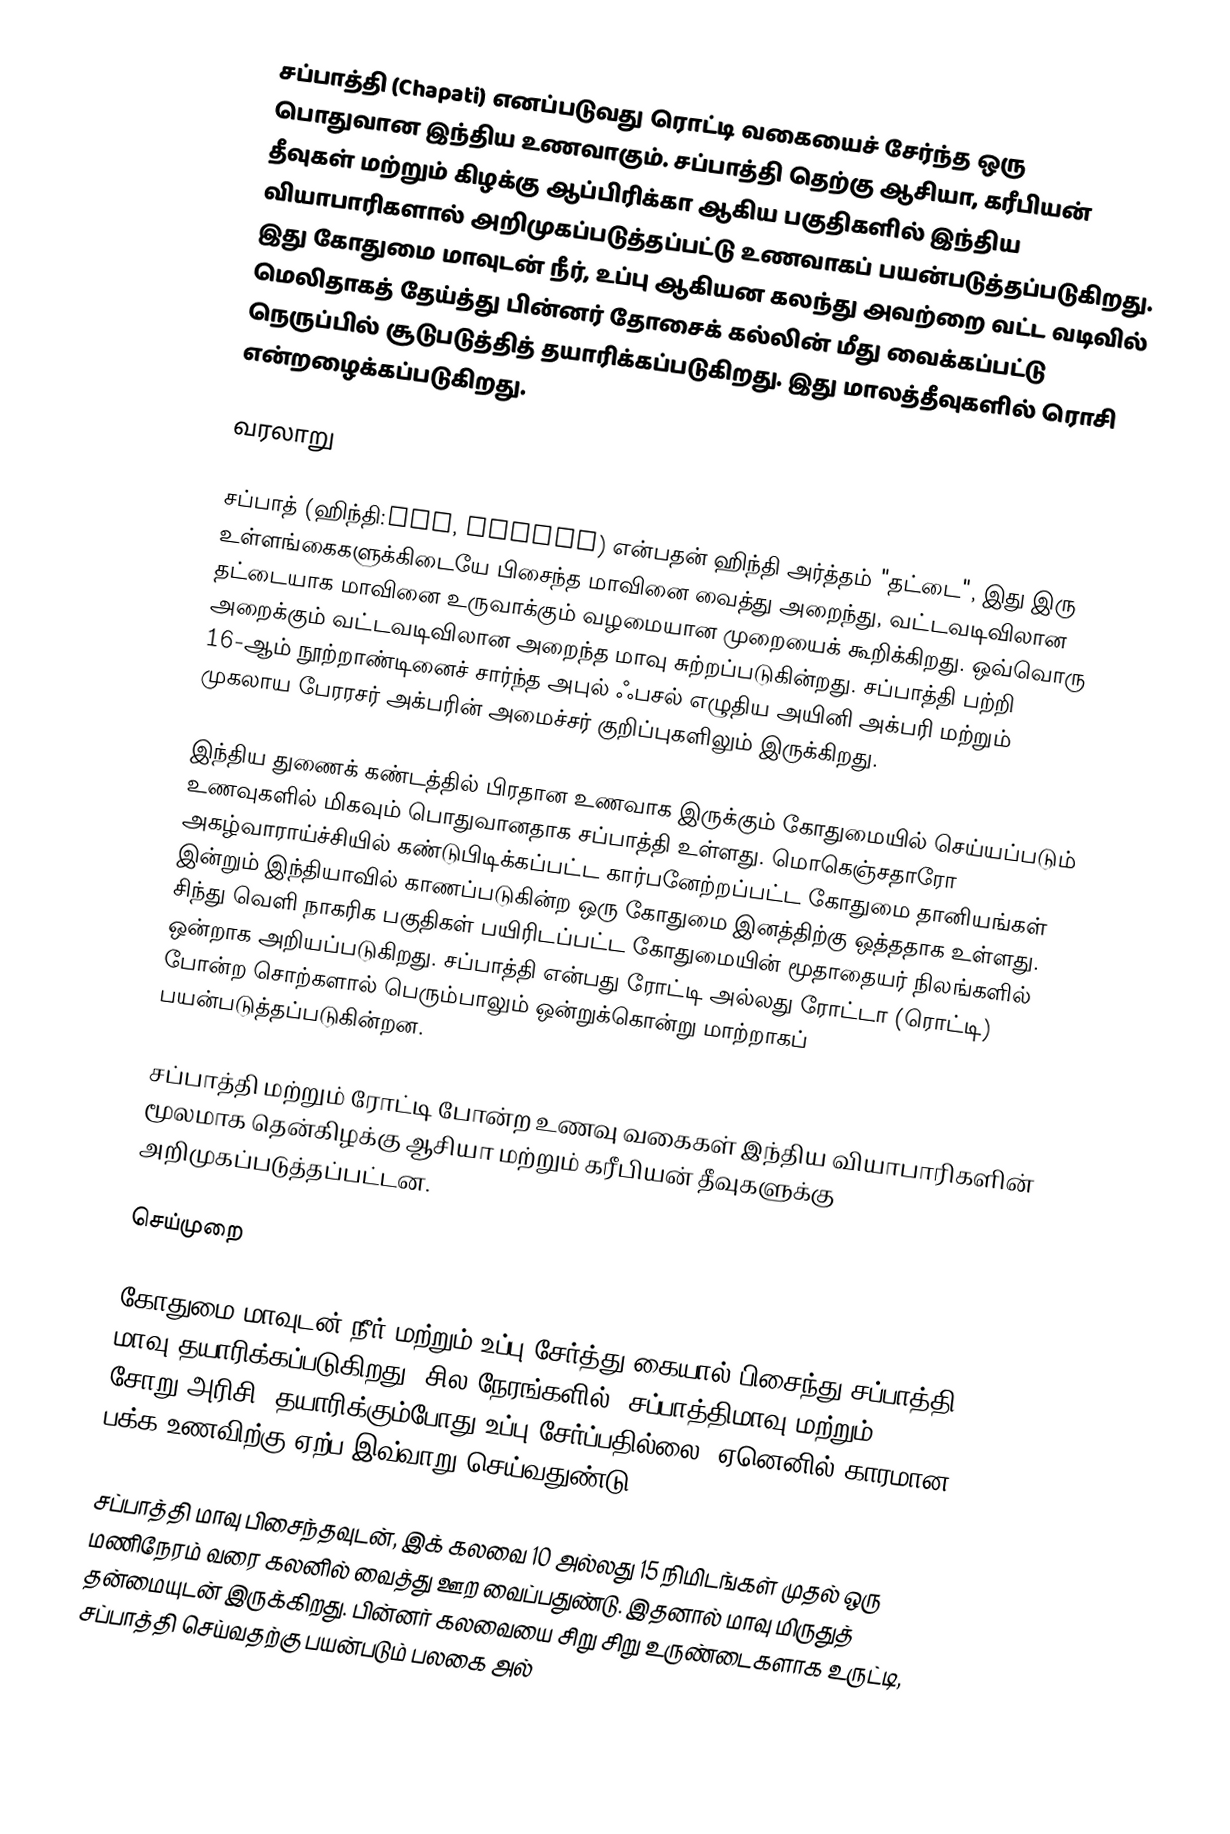
சப்பாத்தி (Chapati) எனப்படுவது ரொட்டி வகையைச் சேர்ந்த ஒரு பொதுவான இந்திய உணவாகும். சப்பாத்தி தெற்கு ஆசியா, கரீபியன் தீவுகள் மற்றும் கிழக்கு ஆப்பிரிக்கா ஆகிய பகுதிகளில் இந்திய வியாபாரிகளால் அறிமுகப்படுத்தப்பட்டு உணவாகப் பயன்படுத்தப்படுகிறது. இது கோதுமை மாவுடன் நீர், உப்பு ஆகியன கலந்து அவற்றை வட்ட வடிவில் மெலிதாகத் தேய்த்து பின்னர் தோசைக் கல்லின் மீது வைக்கப்பட்டு நெருப்பில் சூடுபடுத்தித் தயாரிக்கப்படுகிறது. இது மாலத்தீவுகளில் ரொசி என்றழைக்கப்படுகிறது.

வரலாறு

சப்பாத் (ஹிந்தி:चपत, chapat) என்பதன் ஹிந்தி அர்த்தம் "தட்டை", இது இரு உள்ளங்கைகளுக்கிடையே பிசைந்த மாவினை வைத்து அறைந்து, வட்டவடிவிலான தட்டையாக மாவினை உருவாக்கும் வழமையான முறையைக் கூறிக்கிறது. ஒவ்வொரு அறைக்கும் வட்டவடிவிலான அறைந்த மாவு சுற்றப்படுகின்றது. சப்பாத்தி பற்றி 16-ஆம் நூற்றாண்டினைச் சார்ந்த அபுல் ஃபசல் எழுதிய அயினி அக்பரி மற்றும் முகலாய பேரரசர் அக்பரின் அமைச்சர் குறிப்புகளிலும் இருக்கிறது.

இந்திய துணைக் கண்டத்தில் பிரதான உணவாக இருக்கும் கோதுமையில் செய்யப்படும் உணவுகளில் மிகவும் பொதுவானதாக சப்பாத்தி உள்ளது. மொகெஞ்சதாரோ அகழ்வாராய்ச்சியில் கண்டுபிடிக்கப்பட்ட கார்பனேற்றப்பட்ட கோதுமை தானியங்கள் இன்றும் இந்தியாவில் காணப்படுகின்ற ஒரு கோதுமை இனத்திற்கு ஒத்ததாக உள்ளது. சிந்து வெளி நாகரிக பகுதிகள் பயிரிடப்பட்ட கோதுமையின் மூதாதையர் நிலங்களில் ஒன்றாக அறியப்படுகிறது. சப்பாத்தி என்பது  ரோட்டி  அல்லது  ரோட்டா  (ரொட்டி) போன்ற சொற்களால் பெரும்பாலும் ஒன்றுக்கொன்று மாற்றாகப் பயன்படுத்தப்படுகின்றன.

சப்பாத்தி மற்றும் ரோட்டி போன்ற உணவு வகைகள் இந்திய வியாபாரிகளின் மூலமாக தென்கிழக்கு ஆசியா மற்றும் கரீபியன் தீவுகளுக்கு அறிமுகப்படுத்தப்பட்டன.

செய்முறை

கோதுமை மாவுடன் நீர் மற்றும் உப்பு சேர்த்து கையால் பிசைந்து சப்பாத்தி மாவு தயாரிக்கப்படுகிறது. சில நேரங்களில், சப்பாத்திமாவு மற்றும் சோறு(அரிசி) தயாரிக்கும்போது உப்பு சேர்ப்பதில்லை. ஏனெனில் காரமான பக்க உணவிற்கு ஏற்ப இவ்வாறு செய்வதுண்டு.

சப்பாத்தி மாவு பிசைந்தவுடன், இக் கலவை 10 அல்லது 15 நிமிடங்கள் முதல் ஒரு மணிநேரம் வரை கலனில் வைத்து ஊற வைப்பதுண்டு.  இதனால் மாவு மிருதுத் தன்மையுடன் இருக்கிறது. பின்னர் கலவையை சிறு சிறு உருண்டைகளாக உருட்டி, சப்பாத்தி செய்வதற்கு பயன்படும் பலகை அல்